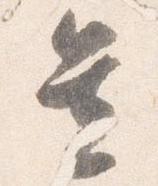
置